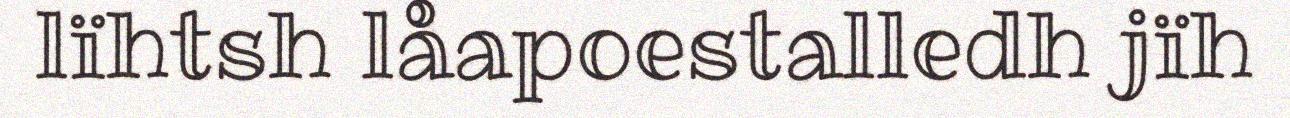
lïhtsh låapoestalledh jïh